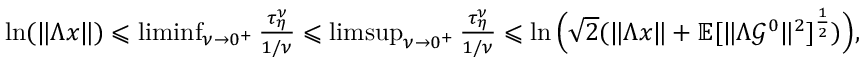
\begin{array} { r } { \ln ( \| \Lambda x \| ) \leqslant \operatorname* { l i m i n f } _ { \nu \to 0 ^ { + } } \frac { \tau _ { \eta } ^ { \nu } } { 1 / \nu } \leqslant \operatorname* { l i m s u p } _ { \nu \to 0 ^ { + } } \frac { \tau _ { \eta } ^ { \nu } } { 1 / \nu } \leqslant \ln \Big ( { \sqrt { 2 } } ( \| \Lambda x \| + \mathbb { E } [ \| \Lambda \mathcal { G } ^ { 0 } \| ^ { 2 } ] ^ { \frac { 1 } { 2 } } ) \Big ) , } \end{array}